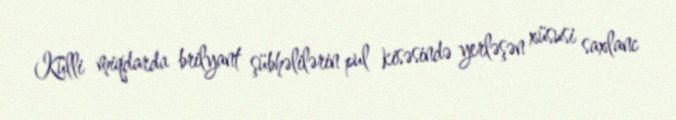
Külli miqdarda brilyant şübhəlilərin pul kisəsində yerləşən xüsusi saxlanc